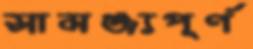
সামঞ্জ্যপূর্ণ